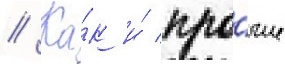
// Ка́к и́ про́чие